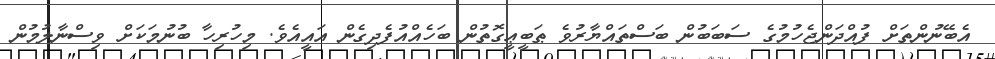
އެބޭނުންތަށް ފުއްދަންޖެހުމުގެ ސަބަބުން ބަސްތައްޔާރުވެ ޠަބީޢީގޮތުން ބަހެއްއުފެދިގެން އައީއެވެ. މިހުރިހާ ބުނުމަކަށް ވިސްނާލުމުން